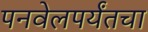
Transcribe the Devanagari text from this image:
पनवेलपर्यंतचा